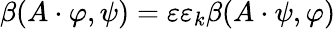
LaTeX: \beta(A\cdot\varphi,\psi)=\varepsilon\varepsilon_{k}\beta(A\cdot\psi,\varphi)